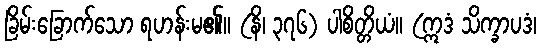
ခြိမ်းခြောက်သော ရဟန်းမ၏။ (နိ၊ ၃၇၆) ပါစိတ္တိယံ။ (ဣဒံ သိက္ခာပဒံ၊